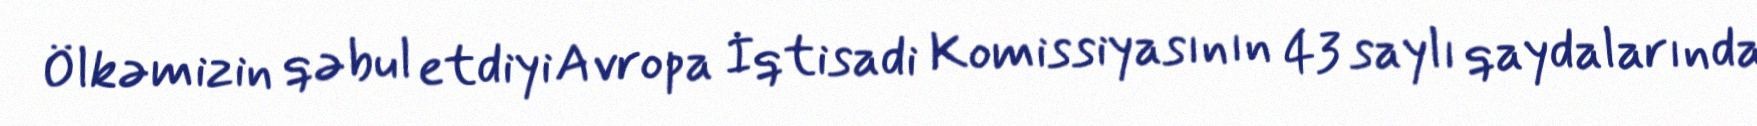
Ölkəmizin qəbul etdiyi Avropa İqtisadi Komissiyasının 43 saylı qaydalarında